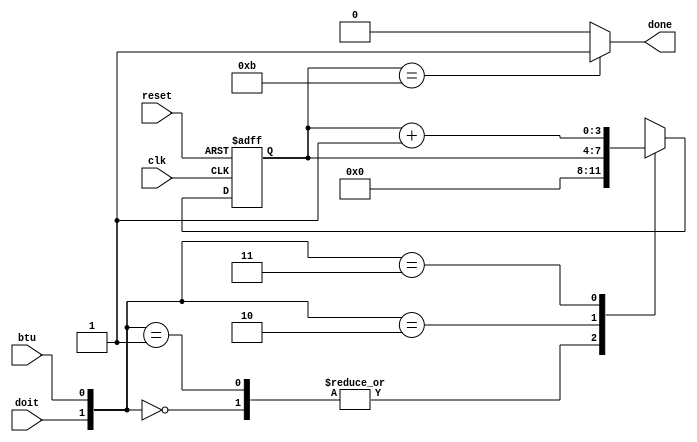
`timescale 1ns / 1ps
//***************************************************************//
//                                                               //
// Created by       Jesus Franco                                 //
// Copyright  2020 Jesus Franco on 10/15/2020 01:30:52 PM       //
//                                                               //
//                                                               //
// In submitting this file for class work at CSULB               //
// I am confirming that this is my work and the work             //
// of no one else. In submitting this code I acknowledge that    //
// plagiarism in student project work is subject to dismissal.   //
// from the class                                                //
// Dependencies:                                                 //
//***************************************************************//

module bitCounter(
    input clk,  // 100MHz clock 
    input reset,// asynchronous reset with synchronous de-assertion
    input doit, // 1/2 of the select for the mux
    input btu,  // 1/2 of the select for the mux
    output done // output done if counter reaches 4'd11
    );
    reg [3:0] D, Q; // 4 bit I/O flops
    
    // done logic will output '1' if counter reaches 4'd11, else '0'
    assign done = (Q == 4'b1011)? 1'b1: 1'b0;
       
    // Sequential logic
    always@(posedge clk, posedge reset)
        if(reset)
            Q <= 4'b0;
        else
            Q <= D;
    
    // Combo logic for 2to1 mux
    always@(*)
        case ( {doit, btu} )
            2'b00  : D = 1'b0;
            2'b01  : D = 1'b0; 
            2'b10  : D = Q;
            2'b11  : D = Q + 4'b1;
            default: D = 4'b0;
        endcase

endmodule